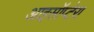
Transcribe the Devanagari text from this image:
आइसॉप्टेरा